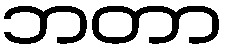
ဘတာ